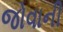
જોવાની